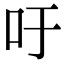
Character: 吁